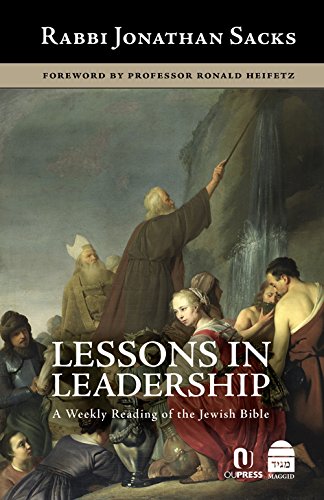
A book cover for Lessons in Leadership: A Weekly Reading of the Jewish Bible; Jonathan Sacks; Christian Books & Bibles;